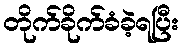
တိုက်ခိုက်ခံခဲ့ရပြီး